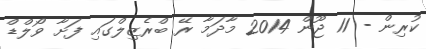
ކުރިން - 11 ޖޫން 2014 މާދަމާ ރޭ ބްރެޒިލްގައި ފަށާ ވޯލްޑް